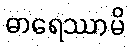
ဓာရေဿာမိ